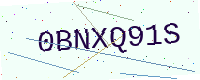
Text: 0BNXQ91S